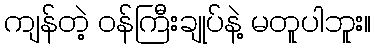
ကျန်တဲ့ ဝန်ကြီးချုပ်နဲ့ မတူပါဘူး။